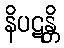
နိပဋန္တိ